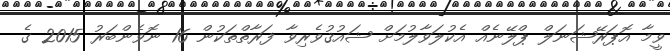
ވީމާ އޮޕަރޭޝަނަލް ޕްލޭނެއް އެކުލަވާލުމަށް ޝައުޤުވެރިވާ ފަރާތްތަކުން 16 ނޮވެންބަރު 2015 ގެ